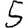
Digit: 5